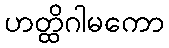
ဟတ္ထိဂါမကော